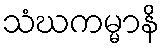
သံဃကမ္မာနိ